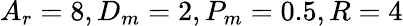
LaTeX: A_{r}=8,D_{m}=2,P_{m}=0.5,R=4